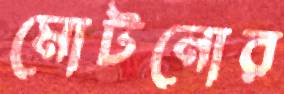
মোটনোর